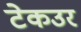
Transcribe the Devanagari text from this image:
टेकउर